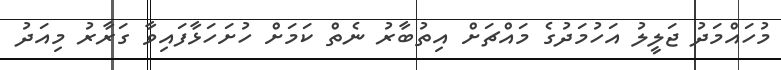
މުހައްމަދު ޖަލީލު އަހުމަދުގެ މައްޗަށް އިތުބާރު ނެތް ކަމަށް ހުށަހަޅާފައިވާ ގަރާރު މިއަދު